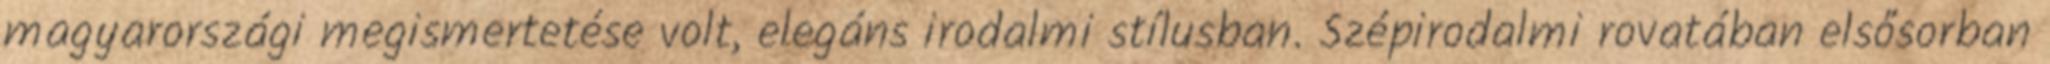
magyarországi megismertetése volt, elegáns irodalmi stílusban. Szépirodalmi rovatában elsősorban